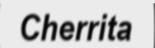
Cherrita